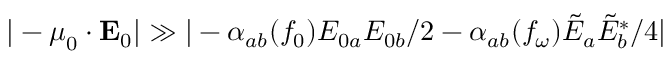
| - \boldsymbol { \mu } _ { 0 } \cdot \mathbf { E } _ { 0 } | \gg | - \alpha _ { a b } ( f _ { 0 } ) E _ { 0 a } E _ { 0 b } / 2 - \alpha _ { a b } ( f _ { \omega } ) \tilde { E } _ { a } \tilde { E } _ { b } ^ { \ast } / 4 |